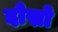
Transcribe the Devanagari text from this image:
दोस्रो